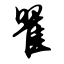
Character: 瞿